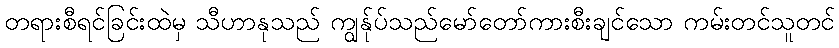
တရားစီရင်ခြင်းထဲမှ သီဟာနုသည် ကျွန်ုပ်သည်မော်တော်ကားစီးချင်သော ကမ်းတင်သူတင်